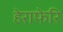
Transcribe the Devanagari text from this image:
हेराफेरि